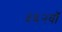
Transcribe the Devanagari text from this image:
३६२वॉ